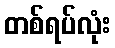
တစ်ရပ်လုံး